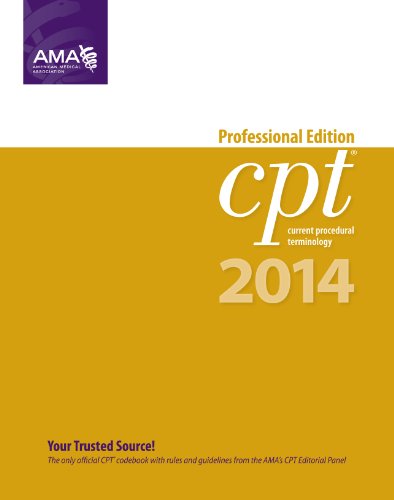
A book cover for CPT 2014 Professional Edition (Current Procedural Terminology, Professional Ed. (Spiral)) (Cpt / Current Procedural Terminology (Professional Edition)); American Medical Association; Medical Books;